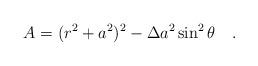
LaTeX: \begin{align*}A=(r^2+a^2)^2-\Delta a^2\sin^2\theta~~~.\end{align*}